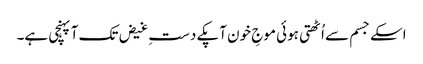
اسکے جسم سے اُٹھتی ہوئی موجِ خون آپکے دستِ غیض تک آپہنچی ہے۔